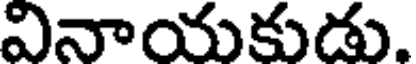
వినాయకుడు.